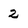
Character: 2